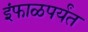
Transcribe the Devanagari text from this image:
इंफाळपर्यंत